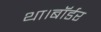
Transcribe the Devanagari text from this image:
था।बॉर्डर